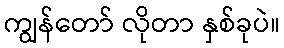
ကျွန်တော် လိုတာ နှစ်ခုပဲ။